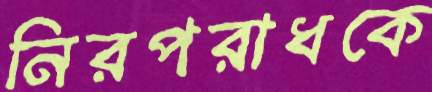
নিরপরাধকে